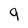
Character: 9